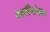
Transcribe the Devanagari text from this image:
खरीगंमत